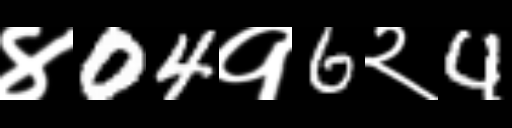
Text: ४04१6२4